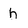
Character: h